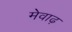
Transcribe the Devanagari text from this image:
मेवाढ़